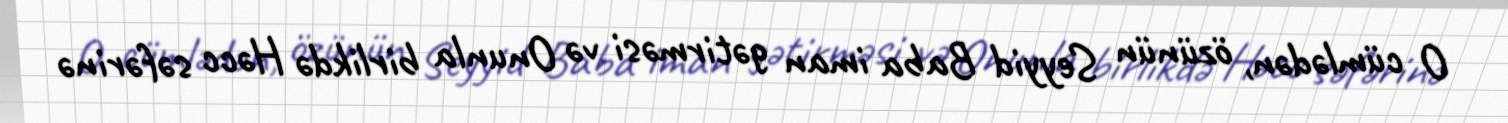
O cümlədən, özünün Seyyid Baba iman gətirməsi və Onunla birlikdə Həcc səfərinə